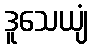
ဒူသေယျံ